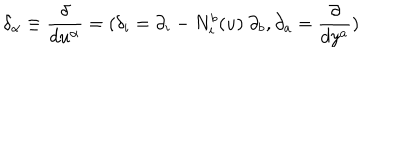
LaTeX: { \delta } _ { \alpha } \equiv \frac { \delta } { d u ^ { \alpha } } = ( \delta _ { i } = \partial _ { i } - N _ { i } ^ { b } ( u ) \ \partial _ { b } , \partial _ { a } = \frac { \partial } { d y ^ { a } } )